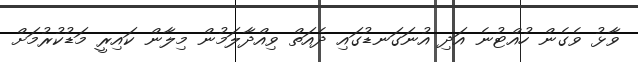
ވާޅު ވެގެން ހުއްޓުނެ އަދި އުނަގަނޑުގައި ދެއަތް ވިއްދާލަމުން މިލާން ކައިރީ މަޑުކުރުމަށް